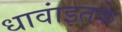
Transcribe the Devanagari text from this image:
धावांइतके